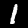
Digit: 1